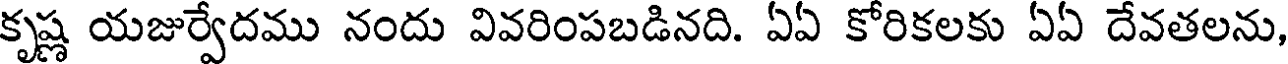
కృష్ణ యజుర్వేదము నందు వివరింపబడినది. ఏఏ కోరికలకు ఏఏ దేవతలను,